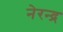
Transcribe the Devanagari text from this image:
नेरन्द्र